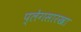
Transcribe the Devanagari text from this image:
प्लेगसारखा